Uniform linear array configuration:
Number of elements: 4
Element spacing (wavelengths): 0.5
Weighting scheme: exponential
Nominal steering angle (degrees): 30
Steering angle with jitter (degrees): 31.065
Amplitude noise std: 0.05
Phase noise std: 0.05

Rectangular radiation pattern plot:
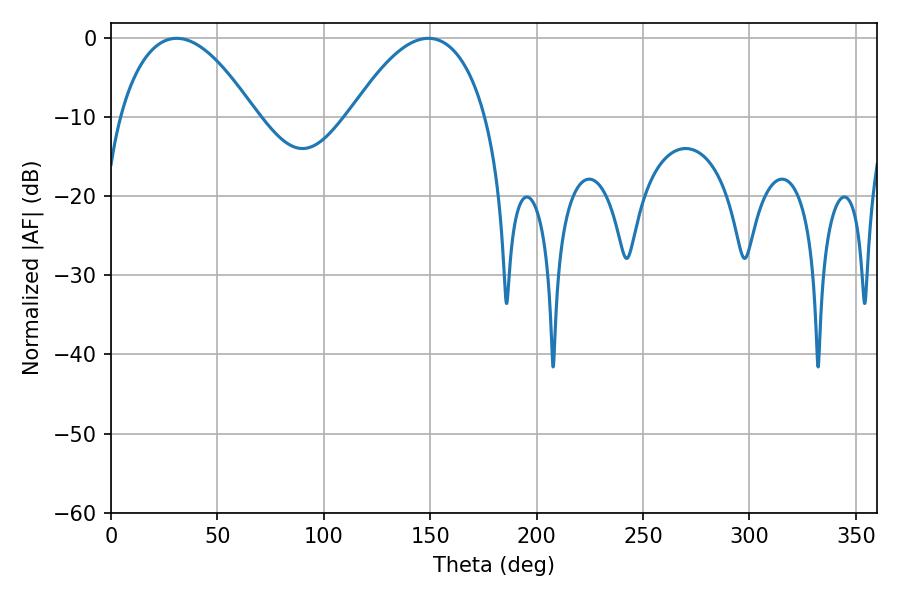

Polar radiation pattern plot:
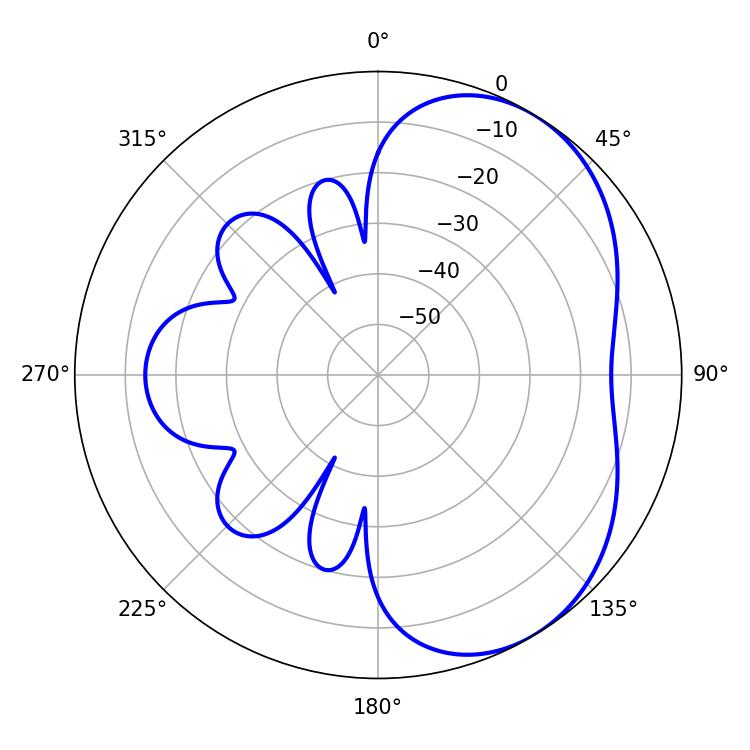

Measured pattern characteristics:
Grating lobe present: FALSE
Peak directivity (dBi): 4.483
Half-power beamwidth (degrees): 35.28
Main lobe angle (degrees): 30.78